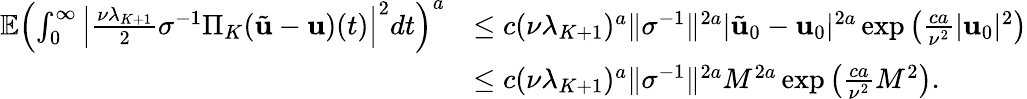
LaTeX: \begin{array}{rl}{\mathbb{E}\left(\int_{0}^{\infty}\left|\frac{\nu\lambda_{K+1}}{2}\sigma^{-1}\Pi_{K}(\tilde{\mathbf{u}}-\mathbf{u})(t)\right|^{2}dt\right)^{a}}&{\leq c(\nu\lambda_{K+1})^{a}\| \sigma^{-1}\| ^{2a}|\tilde{\mathbf{u}}_{0}-\mathbf{u}_{0}|^{2a}\exp\left(\frac{ca}{\nu^{2}}|\mathbf{u}_{0}|^{2}\right)}\\ &{\leq c(\nu\lambda_{K+1})^{a}\| \sigma^{-1}\| ^{2a}M^{2a}\exp\left(\frac{ca}{\nu^{2}}M^{2}\right).}\end{array}